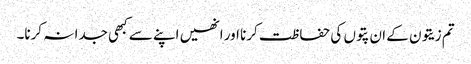
تم زیتون کے ان پتوں کی حفاظت کرنا اور انھیں اپنے سے کبھی جدا نہ کرنا۔